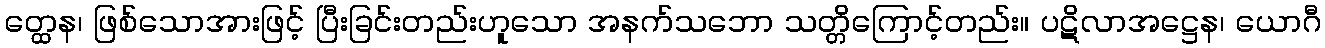
တ္ထေန၊ ဖြစ်သောအားဖြင့် ပြီးခြင်းတည်းဟူသော အနက်သဘော သတ္တိကြောင့်တည်း။ ပဋိလာအဋ္ဌေန၊ ယောဂီ